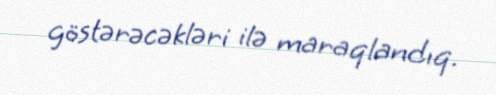
göstərəcəkləri ilə maraqlandıq.